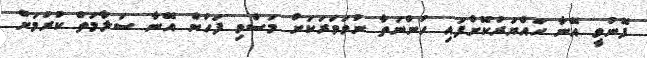
ފޮނުވީ އޭނާ ހައްޔަރުކޮށްފައި ހުންނަތާ ނުވަވަރަކަށް މަސްވި ފަހުން އޭނާ ސަލާމަތް ކުރުމަށް